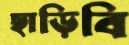
ছাড়িবি